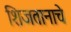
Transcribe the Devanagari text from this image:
शिजतानाचे